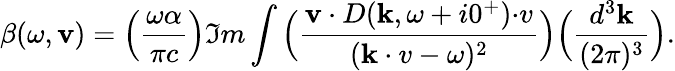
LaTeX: \beta(\omega,{\mathbf v})=\Big({\frac{\omega\alpha}{\pi c}}\Big)\Im m\int\Big({\frac{{\mathbf v\cdot D}({\mathbf k},\omega+i0^{+}){\mathbf\cdot v}}{({\mathbf k\cdot v}-\omega)^{2}}}\Big)\Big({\frac{d^{3}{\mathbf k}}{(2\pi)^{3}}}\Big).